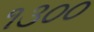
૧૩૦૦